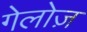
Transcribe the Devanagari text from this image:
गेलोज़